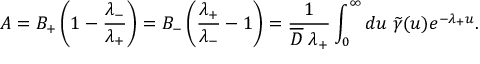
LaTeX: { \cal A } = { \cal B } _ { + } \left( 1 - \frac { \lambda _ { - } } { \lambda _ { + } } \right) = { \cal B } _ { - } \left( \frac { \lambda _ { + } } { \lambda _ { - } } - 1 \right) = \frac { 1 } { \overline { { { D } } } \; \lambda _ { + } } \int _ { 0 } ^ { \infty } d u \; \widetilde \gamma ( u ) e ^ { - \lambda _ { + } u } .